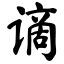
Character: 谪